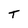
Character: T